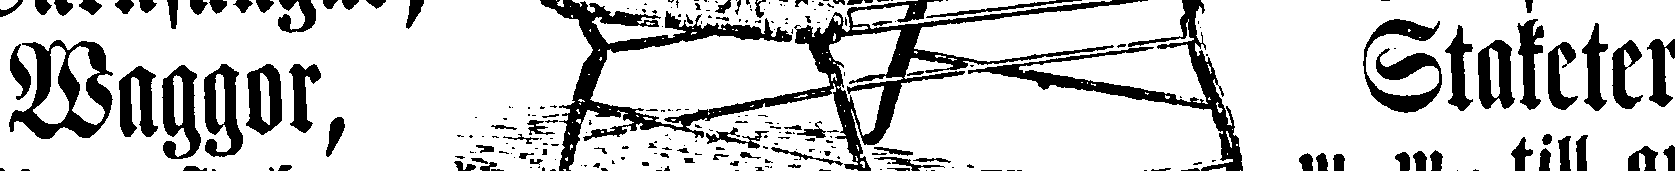
Waggor, Staketer